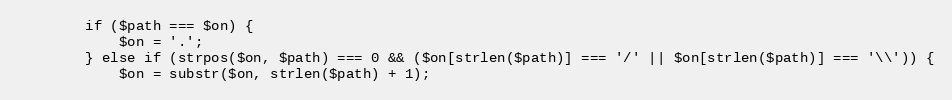
Language: PHP
        if ($path === $on) {
            $on = '.';
        } else if (strpos($on, $path) === 0 && ($on[strlen($path)] === '/' || $on[strlen($path)] === '\\')) {
            $on = substr($on, strlen($path) + 1);